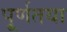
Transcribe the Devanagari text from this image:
पू्र्णतया